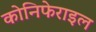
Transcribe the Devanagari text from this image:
कोनिफेराइल